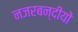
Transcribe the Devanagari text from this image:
नजरबन्दीयों